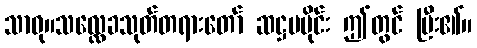
သာဓု။သလ္လေခသုတ်တရားတော် ဆဋ္ဌမပိုင်း ဤတွင် ပြီး၏။